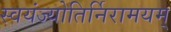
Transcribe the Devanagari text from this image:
स्वयंज्योतिर्निरामयम्